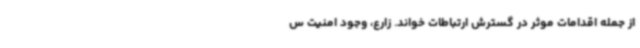
از جمله اقدامات موثر در گسترش‌ ارتباطات خواند. زارع، وجود امنیت س